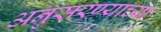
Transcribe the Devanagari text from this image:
अनुसरण्याच्या